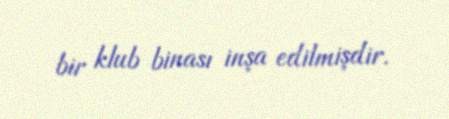
bir klub binası inşa edilmişdir.